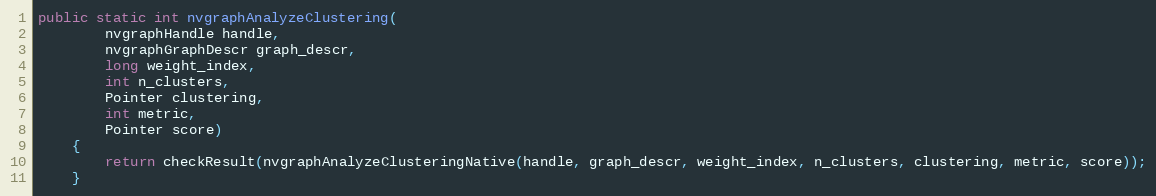
Language: Java
public static int nvgraphAnalyzeClustering(
        nvgraphHandle handle,
        nvgraphGraphDescr graph_descr,
        long weight_index,
        int n_clusters,
        Pointer clustering,
        int metric,
        Pointer score)
    {
        return checkResult(nvgraphAnalyzeClusteringNative(handle, graph_descr, weight_index, n_clusters, clustering, metric, score));
    }